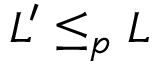
L ^ { \prime } \leq _ { p } L